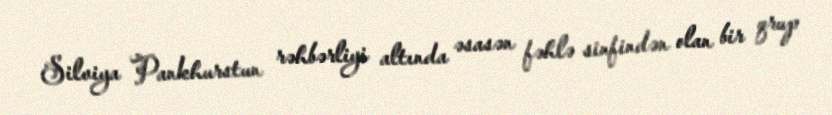
Silviya Pankhurstun rəhbərliyi altında əsasən fəhlə sinfindən olan bir qrup